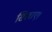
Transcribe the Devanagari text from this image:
सिखाए।